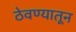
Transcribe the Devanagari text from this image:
ठेवण्यातून